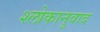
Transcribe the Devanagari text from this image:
श्‍लोकानुवाद